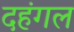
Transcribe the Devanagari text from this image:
दहंगल